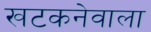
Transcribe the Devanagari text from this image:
खटकनेवाला